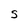
Character: S